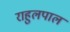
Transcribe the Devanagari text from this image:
राहुलपाल